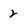
Character: 2